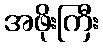
အဖိုးကြီး